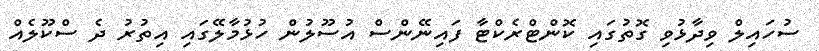
ސުހައިލް ވިދާޅުވި ގޮތުގައި ކޮންޓްރެކްޓާ ފައިނޭންސް އުސޫލުން ހުޅުމާލޭގައި އިތުރު ދެ ސްކޫލެއް